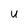
Character: v